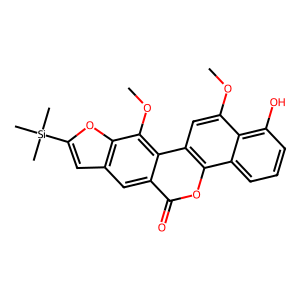
SMILES: COc1cc2c(oc(=O)c3cc4cc([Si](C)(C)C)oc4c(OC)c32)c2cccc(O)c12
Inhibits HIV replication: No